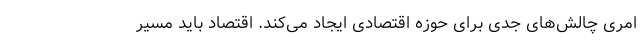
امری چالش‌های جدی برای حوزه اقتصادی ایجاد می‌کند. اقتصاد باید مسیر